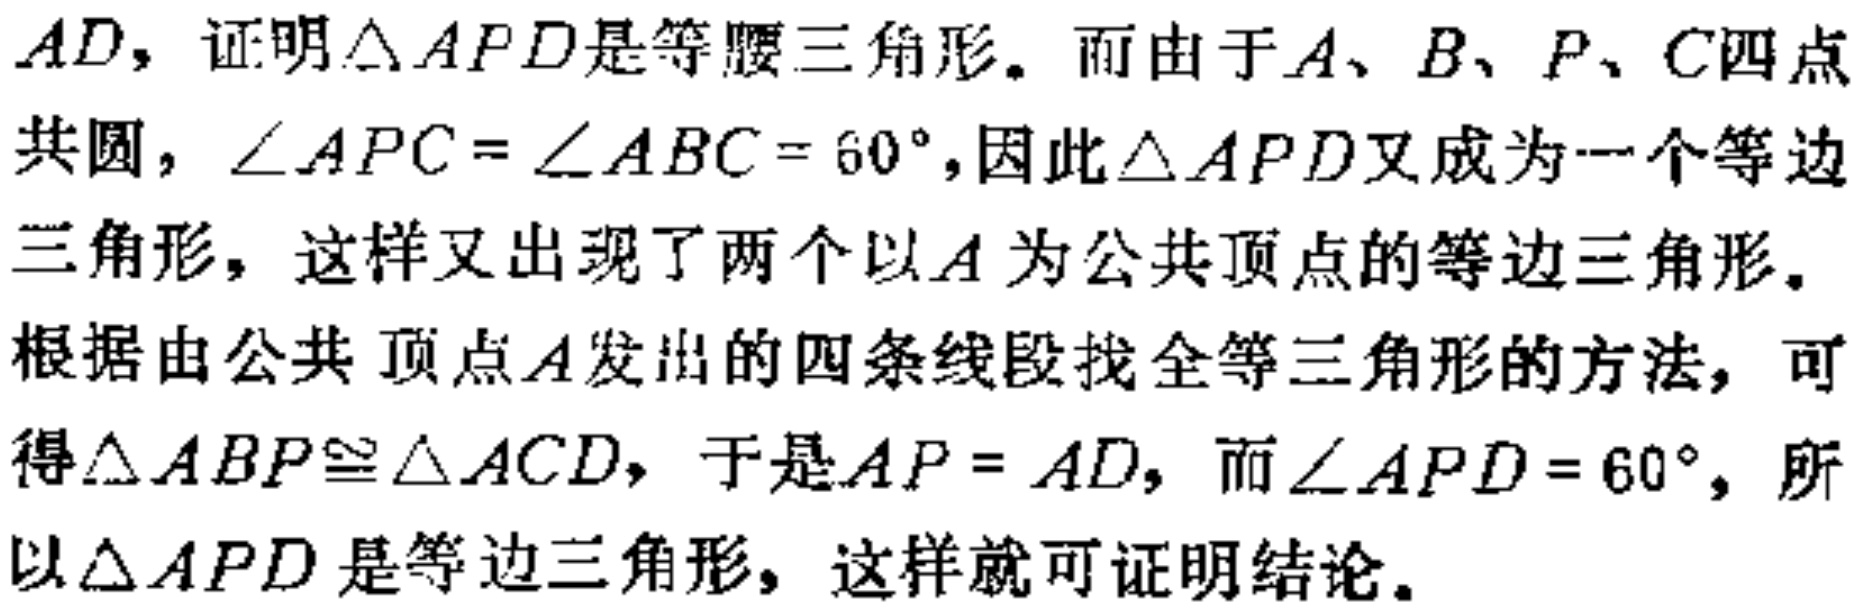
$AD$，证明$\triangle APD$是等腰三角形。而由于$A、B、P、C$四点共圆，$\angle APC = \angle ABC = 60^{\circ}$，因此$\triangle APD$又成为一个等边三角形，这样又出现了两个以$A$为公共顶点的等边三角形。根据由公共顶点$A$发出的四条线段找全等三角形的方法，可得$\triangle ABP\cong \triangle ACD$，于是$AP = AD$，而$\angle APD = 60^{\circ}$，所以$\triangle APD$是等边三角形，这样就可证明结论。